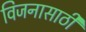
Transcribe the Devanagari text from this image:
विजनासाठी